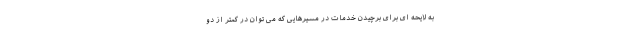
به لایحه ای برای برچیدن خدمات در مسیرهایی که می توان در کمتر از دو